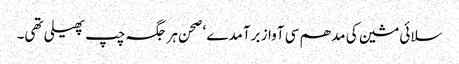
سلائی مشین کی مدھم سی آواز برآمدے ‘ صحن ہر جگہ چپ پھیلی تھی۔